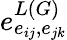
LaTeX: e_{e_{ij},e_{jk}}^{L(G)}